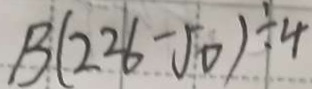
B ( 2 2 6 - 5 0 ) \div 4